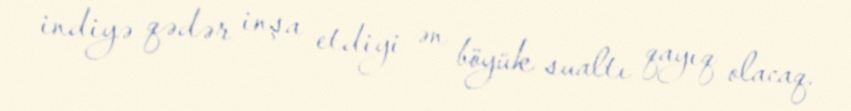
indiyə qədər inşa etdiyi ən böyük sualtı qayıq olacaq.